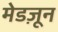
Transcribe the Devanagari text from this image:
मेडज़ून